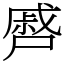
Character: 㞝